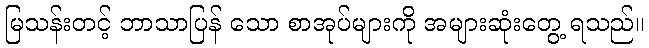
မြသန်းတင့် ဘာသာပြန် သော စာအုပ်များကို အများဆုံးတွေ့ ရသည်။